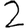
Digit: 2